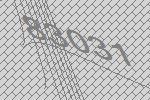
83031